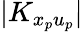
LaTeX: |K_{x_{p}u_{p}}|